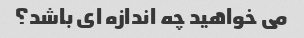
می خواهید چه اندازه ای باشد؟